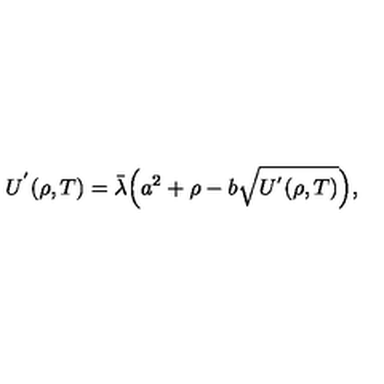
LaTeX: U ^ { ' } ( \rho , T ) = \bar { \lambda } \Bigl ( a ^ { 2 } + \rho - b \sqrt { U ^ { ' } ( \rho , T ) } \Bigr ) ,